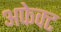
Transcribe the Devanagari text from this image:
अफेक्ट